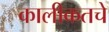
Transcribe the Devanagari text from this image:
कालीकतचे